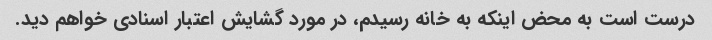
درست است به محض اینکه به خانه رسیدم، در مورد گشایش اعتبار اسنادی خواهم دید.